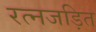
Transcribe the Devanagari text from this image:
रत्नजड़ित